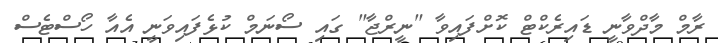
ރާމް މާދްވާނީ ޑައިރެކްޓް ކޮށްފައިވާ "ނީރްޖާ" ގައި ސޯނަމް ކުޅެފައިވަނީ އެއާ ހޯސްޓެސް